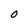
Character: 0